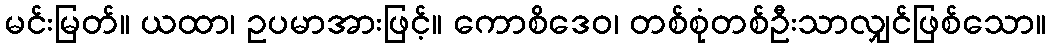
မင်းမြတ်။ ယထာ၊ ဥပမာအားဖြင့်။ ကောစိဒေဝ၊ တစ်စုံတစ်ဦးသာလျှင်ဖြစ်သော။